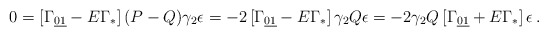
\begin{align*}0=\left[ \Gamma _{\underline{01}}-E \Gamma _*\right](P-Q)\gamma _2\epsilon =- 2 \left[ \Gamma _{\underline{01}}-E \Gamma _*\right]\gamma_2 Q\epsilon=-2\gamma _2 Q\left[ \Gamma _{\underline{01}}+E \Gamma_*\right]\epsilon\,. \end{align*}